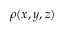
\rho ( x , y , z )